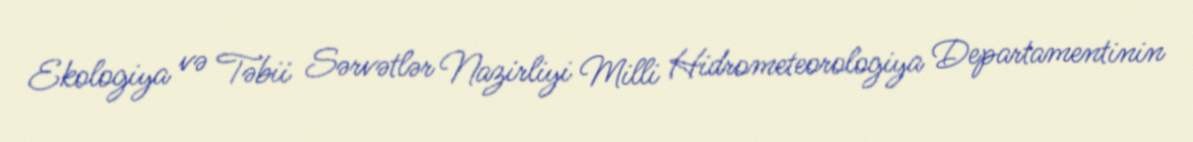
Ekologiya və Təbii Sərvətlər Nazirliyi Milli Hidrometeorologiya Departamentinin